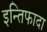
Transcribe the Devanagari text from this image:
इन्तिफादा